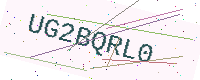
Text: UG2BQRL0